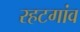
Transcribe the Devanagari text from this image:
रहटगांव